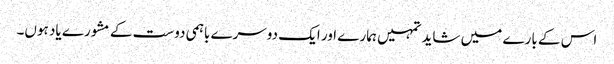
اس کے بارے میں شاید تمہیں ہمارے اور ایک دوسرے باہمی دوست کے مشورے یاد ہوں۔